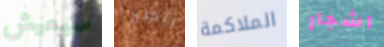
سيعيش الكثير الملاكمة اشجار